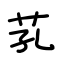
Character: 芤